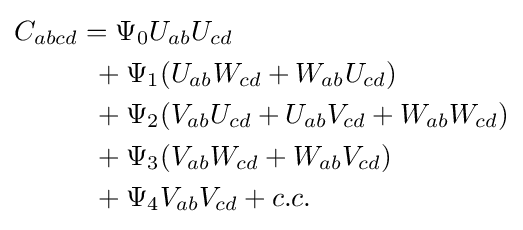
{\begin{aligned}C_{abcd}&=\Psi _{0}U_{ab}U_{cd}\\&\,\,\,+\Psi _{1}(U_{ab}W_{cd}+W_{ab}U_{cd})\\&\,\,\,+\Psi _{2}(V_{ab}U_{cd}+U_{ab}V_{cd}+W_{ab}W_{cd})\\&\,\,\,+\Psi _{3}(V_{ab}W_{cd}+W_{ab}V_{cd})\\&\,\,\,+\Psi _{4}V_{ab}V_{cd}+c.c.\end{aligned}}